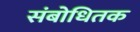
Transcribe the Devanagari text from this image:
संबोधितक